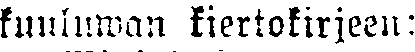
kuuluwan kiertokirjeen: